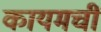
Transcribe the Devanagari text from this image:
कायमचीं